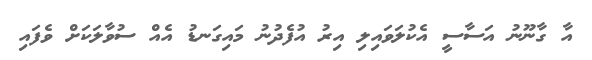
އާ ގާނޫނު އަސާސީ އެކުލަވައިލި އިރު އުފެދުނު މައިގަނޑު އެއް ސުވާލަކަށް ވެފައި